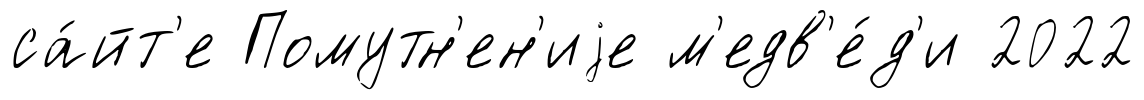
са́йт'е Помутн'ен'иjе м'едв'е́д'и 2022